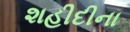
શહીદીના